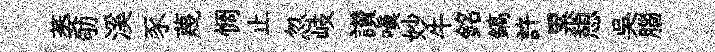
萎劬溪豕蔑惆止忽岐讃嗔妙牛銘鎬許累憩吳腦